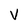
Character: v